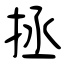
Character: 拯